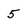
Character: 5